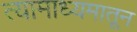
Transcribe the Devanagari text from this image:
त्यामाध्यमातून